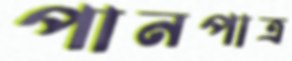
পানপাত্র